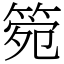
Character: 箢